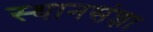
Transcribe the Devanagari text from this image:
स्थानसंज्ञा